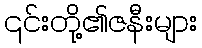
၎င်းတို့၏ဇနီးများ